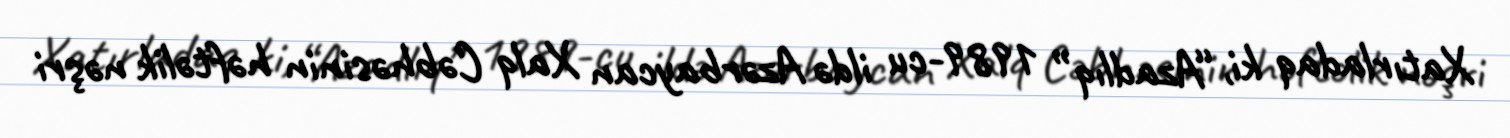
Xatırladaq ki, “Azadlıq” 1989-cu ildə Azərbaycan Xalq Cəbhəsinin həftəlik nəşri